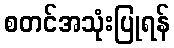
စတင်အသုံးပြုရန်